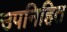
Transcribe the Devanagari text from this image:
उपनिहित